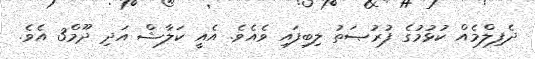
ދެފިލްމެއް ކުޅުމުގެ ފުރުޞަތު ލިބިފައި ވެއެވެ. އެއީ ކަލާޝް އަދި ދޫމް3 އެވެ.